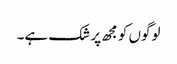
لوگوں کو مجھ پر شک ہے۔